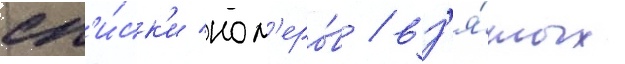
сп'и́ск'и ном'еро́в / вз'я́тых